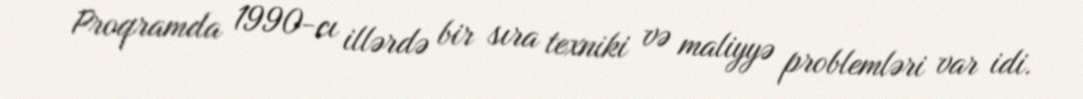
Proqramda 1990-cı illərdə bir sıra texniki və maliyyə problemləri var idi.